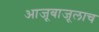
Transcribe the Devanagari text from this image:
आजूबाजूलाच